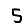
Digit: 5